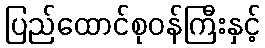
ပြည်ထောင်စုဝန်ကြီးနှင့်